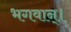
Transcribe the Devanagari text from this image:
भगवान्‌।